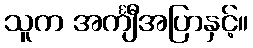
သူက အင်္ကျီအပြာနှင့်။